Lunatic asylums Central Provinces reports 1886-1894 - 1886-1894
Year: 1886
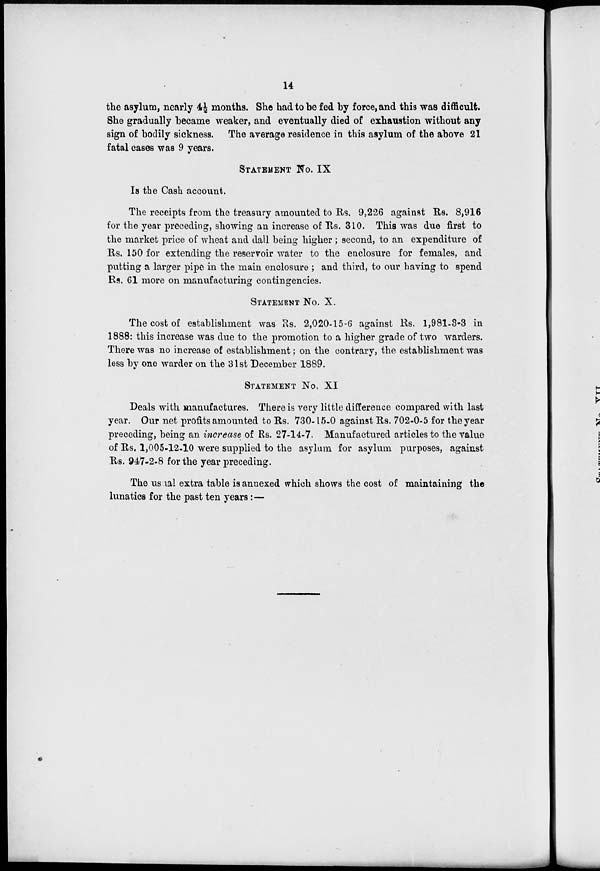
14
the asylum, nearly 4½ months. She had to be fed by force, and this was difficult.
She gradually became weaker, and eventually died of exhaustion without any
sign of bodily sickness. The average residence in this asylum of the above 21
fatal cases was 9 years.
STATEMENT No. IX
Is the Cash account.
The receipts from the treasury amounted to Rs. 9,226 against Rs. 8,916
for the year preceding, showing an increase of Rs. 310. This was due first to
the market price of wheat and dall being higher; second, to an expenditure of
Rs. 150 for extending the reservoir water to the enclosure for females, and
putting a larger pipe in the main enclosure ; and third, to our having to spend
Rs. 61 more on manufacturing contingencies.
STATEMENT No. X.
The cost of establishment was Rs. 2,020-15-6 against Rs. 1,981-3-3 in
1888: this increase was due to the promotion to a higher grade of two warders.
There was no increase of establishment; on the contrary, the establishment was
less by one warder on the 31st December 1889.
STATEMENT No. XI
Deals with manufactures. There is very little difference compared with last
year. Our net profits amounted to Rs. 730-15-0 against Rs. 702-0-5 for the year
preceding, being an increase of Rs. 27-14-7. Manufactured articles to the value
of Rs. 1,005-12-10 were supplied to the asylum for asylum purposes, against
Rs. 947-2-8 for the year preceding.
The usual extra table is annexed which shows the cost of maintaining the
lunatics for the past ten years:—